Newspaper: Cincinnati daily press. [volume]
Place of publication: Cincinnati [Ohio]
Publisher: Henry Reed & Co.
Date: 1860-12-31 00:00:00
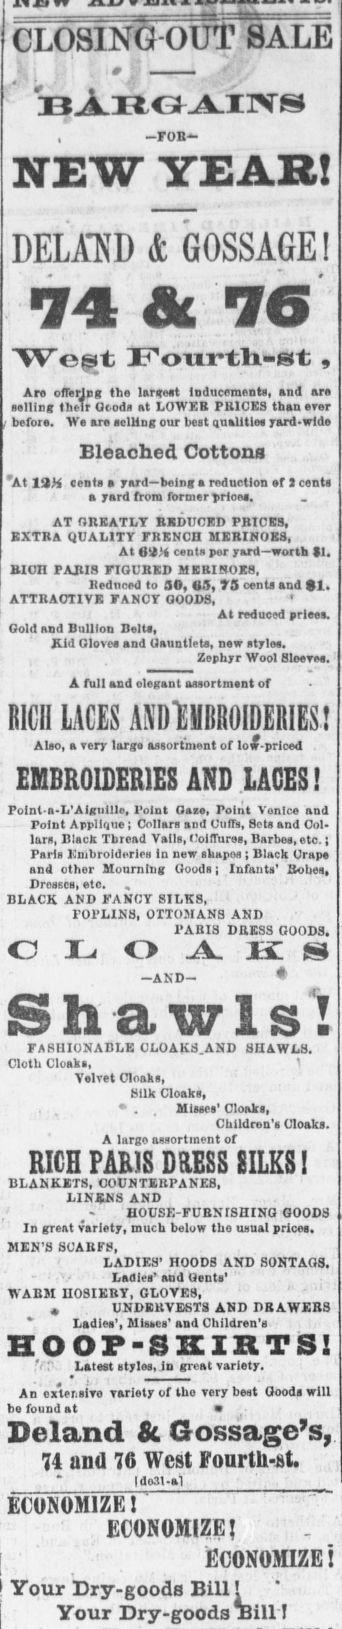
Advertisement text (OCR):
CLOSING OUT SALE , -FOB- NEW YEAR! DEUiND & GOSSAGE ! TVcfst Ionrtli-et , An ofTerlng the largest Inducements, and are selling their Goods at LOWER PRICES than ever before. We are selling our best Qualities yard-wide Eleached Cottons 'At 13X cents a yard being a reduction f I cents a yard from former yrioas. AT GREATLY BUDIICBD PRICES, EXTRA QUALITY FRENCH MERINOKS, At 6iit cents per yard worth SI. BICH PAJtIS FIGURED MERIROES, Bednced to 00, 65, 73 cents and $1. ATTRACTIVE FANCY GO0I3, At reduced priees. Gold and Bullion Belts, Kid Gloves and Gauntlets, new styles. Zephyr Wool 81eeve. A full and olegant assortmsnt of RICH LACES AXDtMOIDERIES! Also, a very large assortment of loX-priced . EMBROIDERIES AND LACES! Polnt'a-L'Aiguille, Point Gaze, Point Vonlce and Point Applique ; Collars and Cuffs, Sets and Col. lars, Black Thread Vails, Coiffures, Barbes, etc. ; Paris Kmbrolderles in new akapoa ; Black Craps and other Mourning Goods; Infants' Robes, DroaBcs, eto. , BLACK AND FANCY SILKS, l'OPLINS, OTTOMANS AND PARIS DRESS GOODS. O L O Jk. I S -AND- fa a w 1 s I FASHIONABLE CLOAKS.AND SHAWLS. Cloth Cloaks, 1 Velvet Cloaks, Silk Cloaks, . Misses' Cloaks, Children's Cloaks. A large assortment of RICH PARIS DRESS SILKS I BLANKETS, COUNTERPANES, LINENS AND HOUSE-FUBNTSHINQ GOODS In gTeat variety, much below the usual prices, MEN'S SCARFS, LADIES' HOODS AND SONTAGS. - ' Ladies' and Gents' WABM IIOSIERY, GLOVES, ' UNDEBVESTS AND DBAWEBS " Ladies', Misses' and Children's HOOP-SKIRTS! 'rV Latest styles, Jd great variety. An extensive variety of the very beet Goods will be found at Deland & Gossage's, 74 ana 76 West Fourtli-ht. do.11-a1 ECONOMIZE! EC0N03IIZEJ economize i Your Dry-goods Bill ! Your Dry-goods Hill !
Label: text-only